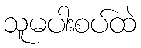
သူမပါးစပ်ထဲ